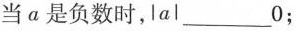
当a是负数时，\left |a\right |___0；